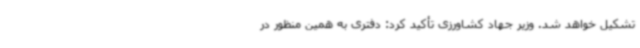
تشکیل خواهد شد. وزیر جهاد کشاورزی تأکید کرد: دفتری به همین منظور در